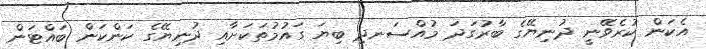
އެކަން ކުރެވޭނީ ދުނިޔޭގެ ބާރުގަދަ މުއްސަނދި ބިޔަ ގައުމުތަކަށާއި ދުނިޔޭގެ ކަންކަން ބައްޓަން